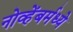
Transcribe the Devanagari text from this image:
नोव्हेंबर्मध्ये